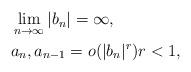
LaTeX: \begin{align*} \begin{aligned} & \lim_{n\to\infty}|b_n|=\infty, \\ & a_n,a_{n-1}=o(|b_n|^r) r<1, \end{aligned} \end{align*}